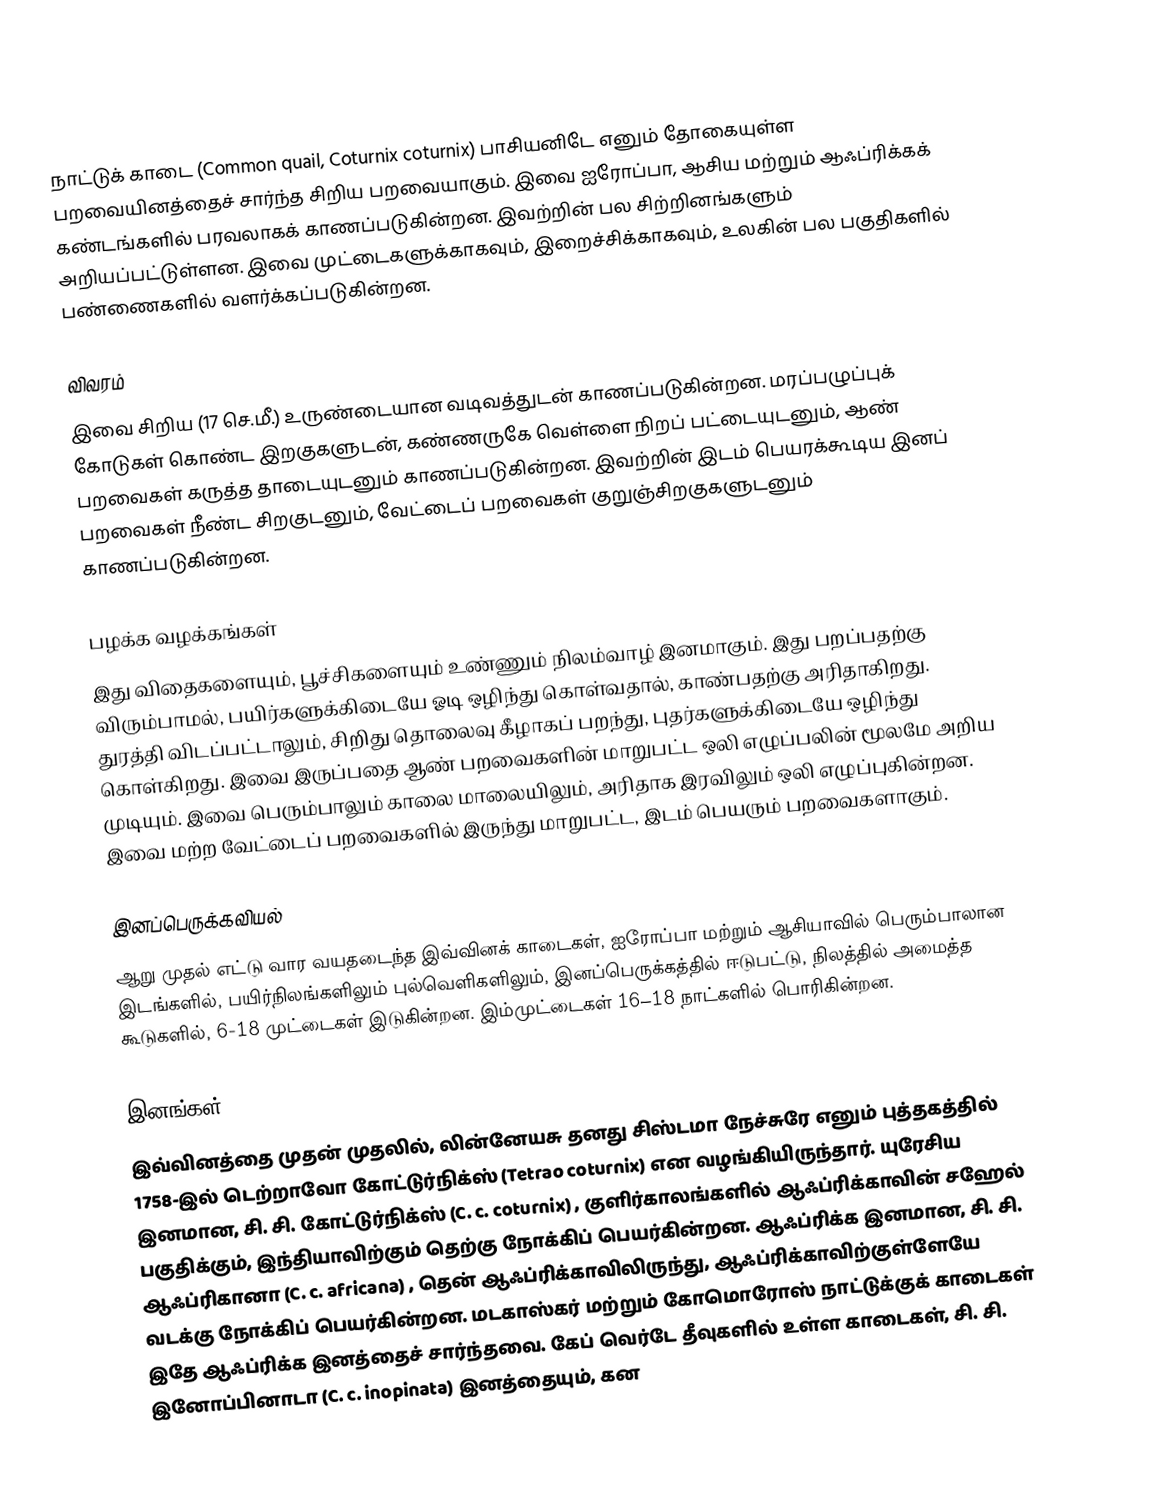
நாட்டுக் காடை (Common quail, Coturnix coturnix) பாசியனிடே எனும் தோகையுள்ள பறவையினத்தைச் சார்ந்த சிறிய பறவையாகும். இவை ஐரோப்பா, ஆசிய மற்றும் ஆஃப்ரிக்கக் கண்டங்களில் பரவலாகக் காணப்படுகின்றன. இவற்றின் பல சிற்றினங்களும் அறியப்பட்டுள்ளன. இவை முட்டைகளுக்காகவும், இறைச்சிக்காகவும், உலகின் பல பகுதிகளில் பண்ணைகளில் வளர்க்கப்படுகின்றன.

விவரம்
இவை சிறிய (17 செ.மீ.) உருண்டையான வடிவத்துடன் காணப்படுகின்றன. மரப்பழுப்புக் கோடுகள் கொண்ட இறகுகளுடன், கண்ணருகே வெள்ளை நிறப் பட்டையுடனும், ஆண் பறவைகள் கருத்த தாடையுடனும் காணப்படுகின்றன. இவற்றின் இடம் பெயரக்கூடிய இனப் பறவைகள் நீண்ட சிறகுடனும், வேட்டைப் பறவைகள் குறுஞ்சிறகுகளுடனும் காணப்படுகின்றன.

பழக்க வழக்கங்கள்
இது விதைகளையும், பூச்சிகளையும் உண்ணும் நிலம்வாழ் இனமாகும். இது பறப்பதற்கு விரும்பாமல், பயிர்களுக்கிடையே ஓடி ஒழிந்து கொள்வதால், காண்பதற்கு அரிதாகிறது.  துரத்தி விடப்பட்டாலும், சிறிது தொலைவு கீழாகப் பறந்து, புதர்களுக்கிடையே ஒழிந்து கொள்கிறது.  இவை இருப்பதை ஆண் பறவைகளின் மாறுபட்ட ஒலி எழுப்பலின் மூலமே அறிய முடியும்.  இவை பெரும்பாலும் காலை மாலையிலும், அரிதாக இரவிலும் ஒலி எழுப்புகின்றன.  இவை மற்ற வேட்டைப் பறவைகளில் இருந்து மாறுபட்ட, இடம் பெயரும் பறவைகளாகும்.

இனப்பெருக்கவியல்
ஆறு முதல் எட்டு வார வயதடைந்த இவ்வினக் காடைகள், ஐரோப்பா மற்றும் ஆசியாவில் பெரும்பாலான இடங்களில், பயிர்நிலங்களிலும் புல்வெளிகளிலும், இனப்பெருக்கத்தில் ஈடுபட்டு, நிலத்தில் அமைத்த கூடுகளில், 6-18 முட்டைகள் இடுகின்றன. இம்முட்டைகள் 16–18 நாட்களில் பொரிகின்றன.

இனங்கள்
இவ்வினத்தை முதன் முதலில், லின்னேயசு தனது சிஸ்டமா நேச்சுரே  எனும் புத்தகத்தில் 1758-இல் டெற்றாவோ கோட்டுர்நிக்ஸ் (Tetrao coturnix)  என வழங்கியிருந்தார். யுரேசிய இனமான, சி. சி. கோட்டுர்நிக்ஸ் (C. c. coturnix) , குளிர்காலங்களில் ஆஃப்ரிக்காவின் சஹேல் பகுதிக்கும், இந்தியாவிற்கும் தெற்கு நோக்கிப் பெயர்கின்றன.  ஆஃப்ரிக்க இனமான, சி. சி. ஆஃப்ரிகானா (C. c. africana) , தென் ஆஃப்ரிக்காவிலிருந்து, ஆஃப்ரிக்காவிற்குள்ளேயே வடக்கு நோக்கிப் பெயர்கின்றன.  மடகாஸ்கர் மற்றும் கோமொரோஸ் நாட்டுக்குக் காடைகள் இதே ஆஃப்ரிக்க இனத்தைச் சார்ந்தவை. கேப் வெர்டே தீவுகளில் உள்ள காடைகள், சி. சி. இனோப்பினாடா (C. c. inopinata)  இனத்தையும், கன